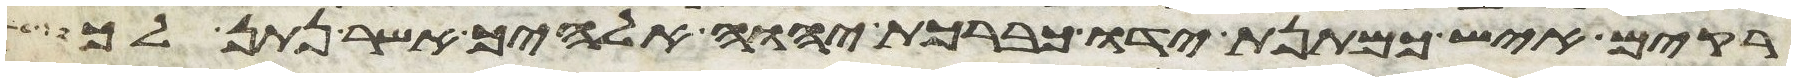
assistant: רקים איש כמתנת ידו כברכת יהוה אלהיך אשר נתן לך